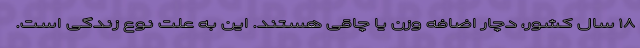
۱۸ سال کشور، دچار اضافه وزن یا چاقی هستند. این به علت نوع زندگی است.